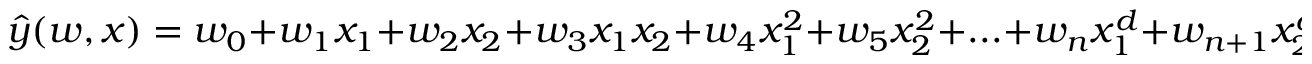
\hat { y } ( w , x ) = w _ { 0 } + w _ { 1 } x _ { 1 } + w _ { 2 } x _ { 2 } + w _ { 3 } x _ { 1 } x _ { 2 } + w _ { 4 } x _ { 1 } ^ { 2 } + w _ { 5 } x _ { 2 } ^ { 2 } + . . . + w _ { n } x _ { 1 } ^ { d } + w _ { n + 1 } x _ { 2 } ^ { d }